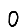
Digit: 0